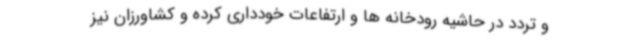
و تردد در حاشیه رودخانه ها و ارتفاعات خودداری کرده و کشاورزان نیز